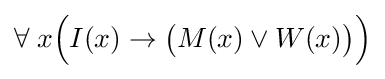
\forall \;x{\Big (}I(x)\rightarrow {\big (}M(x)\lor W(x){\big )}{\Big )}